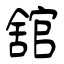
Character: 舘